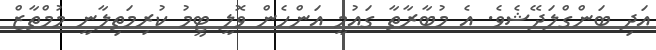
އަދި ބަންގްލަދޭޝެވެ. އެ މުބާރާތާ ގައުމީ އަންހެން ވޮލީ ޓީމު ކުރިމަތިލާނީ މުމްތާޒް